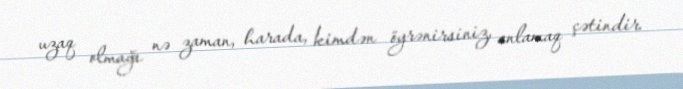
uzaq olmağı nə zaman, harada, kimdən öyrənirsiniz, anlamaq çətindir.